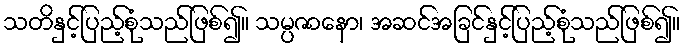
သတိနှင့်ပြည့်စုံသည်ဖြစ်၍။ သမ္ပဇာနော၊ အဆင်အခြင်နှင့်ပြည့်စုံသည်ဖြစ်၍။